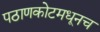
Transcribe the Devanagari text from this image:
पठाणकोटमधूनच